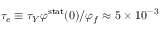
\tau _ { e } \equiv \tau _ { Y } \varphi ^ { \mathrm { s t a t } } ( 0 ) / \varphi _ { f } \approx 5 \times 1 0 ^ { - 3 }